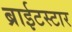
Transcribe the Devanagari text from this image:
ब्राईटस्टार